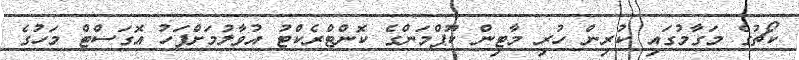
ކޯޗުގެ މަގާމުގައި ކުރިން ހުރި މާޓިން ކޫޕްމަންގެ ކޮންޓްރެކްޓު އުވާލުމަށްފަހު އޮގަސްޓް މަހުގެ